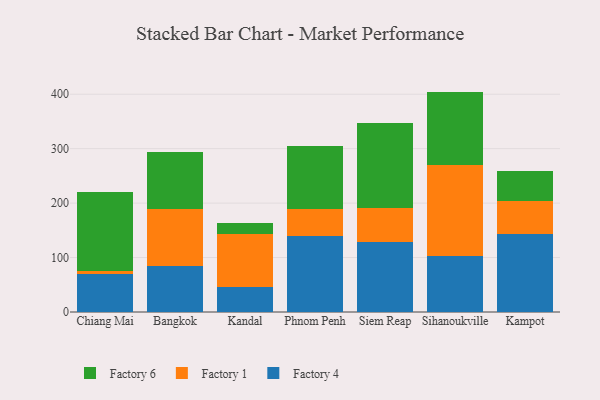
{"axis": {"x": "City", "y": "Market Share (%)"}, "legend": ["Factory 1", "Factory 4", "Factory 6"], "data": [{"x": "Chiang Mai", "y": 68.9, "type": "Factory 4"}, {"x": "Chiang Mai", "y": 6.9, "type": "Factory 1"}, {"x": "Chiang Mai", "y": 143.9, "type": "Factory 6"}, {"x": "Bangkok", "y": 84.0, "type": "Factory 4"}, {"x": "Bangkok", "y": 104.5, "type": "Factory 1"}, {"x": "Bangkok", "y": 105.0, "type": "Factory 6"}, {"x": "Kandal", "y": 45.4, "type": "Factory 4"}, {"x": "Kandal", "y": 97.4, "type": "Factory 1"}, {"x": "Kandal", "y": 20.8, "type": "Factory 6"}, {"x": "Phnom Penh", "y": 139.6, "type": "Factory 4"}, {"x": "Phnom Penh", "y": 49.5, "type": "Factory 1"}, {"x": "Phnom Penh", "y": 116.1, "type": "Factory 6"}, {"x": "Siem Reap", "y": 128.3, "type": "Factory 4"}, {"x": "Siem Reap", "y": 62.8, "type": "Factory 1"}, {"x": "Siem Reap", "y": 155.4, "type": "Factory 6"}, {"x": "Sihanoukville", "y": 103.3, "type": "Factory 4"}, {"x": "Sihanoukville", "y": 167.3, "type": "Factory 1"}, {"x": "Sihanoukville", "y": 134.2, "type": "Factory 6"}, {"x": "Kampot", "y": 143.3, "type": "Factory 4"}, {"x": "Kampot", "y": 60.4, "type": "Factory 1"}, {"x": "Kampot", "y": 55.1, "type": "Factory 6"}]}